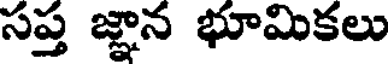
సప్త జ్ఞాన భూమికలు